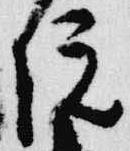
院